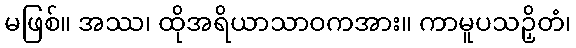
မဖြစ်။ အဿ၊ ထိုအရိယာသာဝကအား။ ကာမူပသဉှိတံ၊